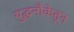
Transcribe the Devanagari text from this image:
युद्धनौकेतून